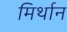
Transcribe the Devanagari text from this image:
मिर्थान